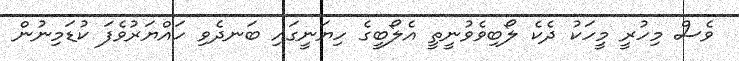
ވެސް މިހުރީ މީހަކު ދެކެ ލޯބިވެވުނީތީ އެލޯބީގެ ހިޔަނީގައި ބަނދެވި ހައްޔަރުވެފަ ކުޑަމިނުން